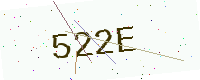
Text: 522E